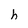
Character: h